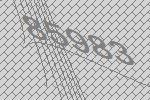
85983